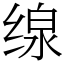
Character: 缐